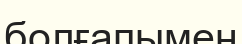
болғапымен